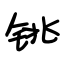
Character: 铫